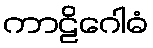
ကာဠိဂေါဓံ